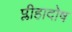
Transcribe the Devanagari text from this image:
प्लीहादोष